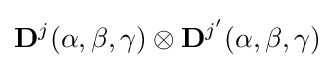
\mathbf {D} ^{j}(\alpha ,\beta ,\gamma )\otimes \mathbf {D} ^{j'}(\alpha ,\beta ,\gamma )